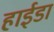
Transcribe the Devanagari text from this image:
हाईडा